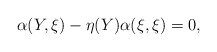
\begin{align*}\alpha(Y,\xi)-\eta(Y)\alpha(\xi,\xi)=0,\end{align*}